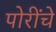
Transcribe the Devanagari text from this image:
पोरींचे